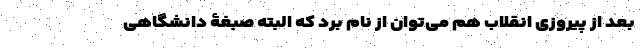
بعد از پیروزی انقلاب هم می‌توان از نام برد که البته صبغۀ دانشگاهی